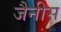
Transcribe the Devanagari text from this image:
जैनीस